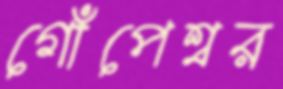
গোঁপেশ্বর